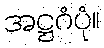
အဋ္ဌဂံပုံ။